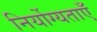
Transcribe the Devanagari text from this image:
निर्योग्यताएँ